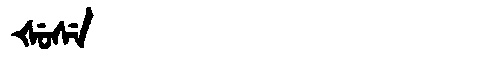
Manchu: ᡧᡠᠰᡝ
Romanization: ŠUSE